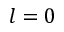
l = 0